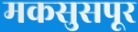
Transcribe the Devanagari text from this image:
मकसुसपूर